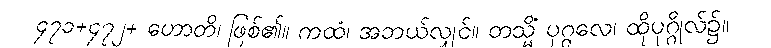
၄၇၁+၄၇၂+ ဟောတိ၊ ဖြစ်၏။ ကထံ၊ အဘယ်လျှင်။ တသ္မိံ ပုဂ္ဂလေ၊ ထိုပုဂ္ဂိုလ်၌။